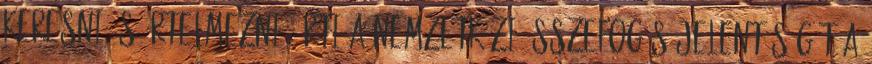
keresni és értelmezni. Érti a nemzetközi összefogás jelentőségét a